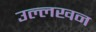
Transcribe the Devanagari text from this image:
उल्लखन